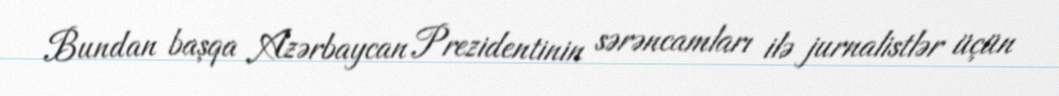
Bundan başqa Azərbaycan Prezidentinin sərəncamları ilə jurnalistlər üçün